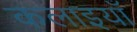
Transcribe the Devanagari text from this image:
कलाइयाँ